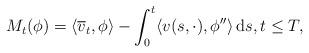
LaTeX: \begin{align*} M_t (\phi) = \langle \overline{v}_t, \phi \rangle - \int_{0}^{t} \langle v(s, \cdot), \phi'' \rangle \, \textrm{d}s, t \leq T,\end{align*}